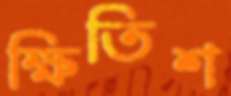
ক্ষিতিশ